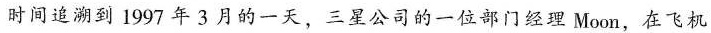
时间追溯到1997年3月的一天，三星公司的一位部门经理Moon，在飞机